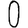
Digit: 0